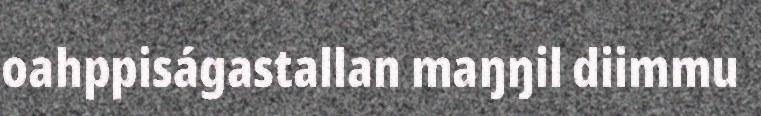
oahppiságastallan maŋŋil diimmu